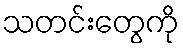
သတင်းတွေကို